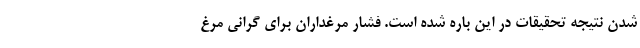
شدن نتیجه تحقیقات در این باره شده است. فشار مرغداران برای گرانی مرغ